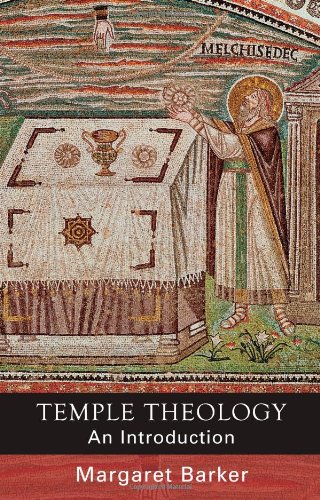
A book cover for Temple Theology: An Introduction; Margaret Barker; Religion & Spirituality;